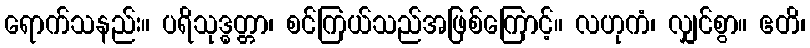
ရောက်သနည်း။ ပရိသုဒ္ဓတ္တာ၊ စင်ကြယ်သည်အဖြစ်ကြောင့်။ လဟုကံ၊ လျှင်စွာ။ ဧတိ၊